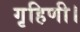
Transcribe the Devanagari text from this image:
गृहिणी।